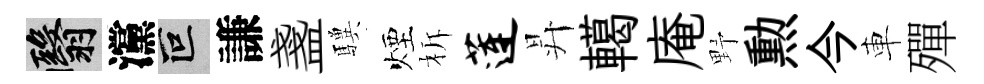
翳灙叵謙盞驥煙柝莲昇轕庵野勲今車殫